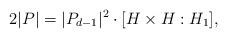
LaTeX: \begin{align*} 2 |P| = |P_{d-1}|^2 \cdot [H\times H : H_1],\end{align*}